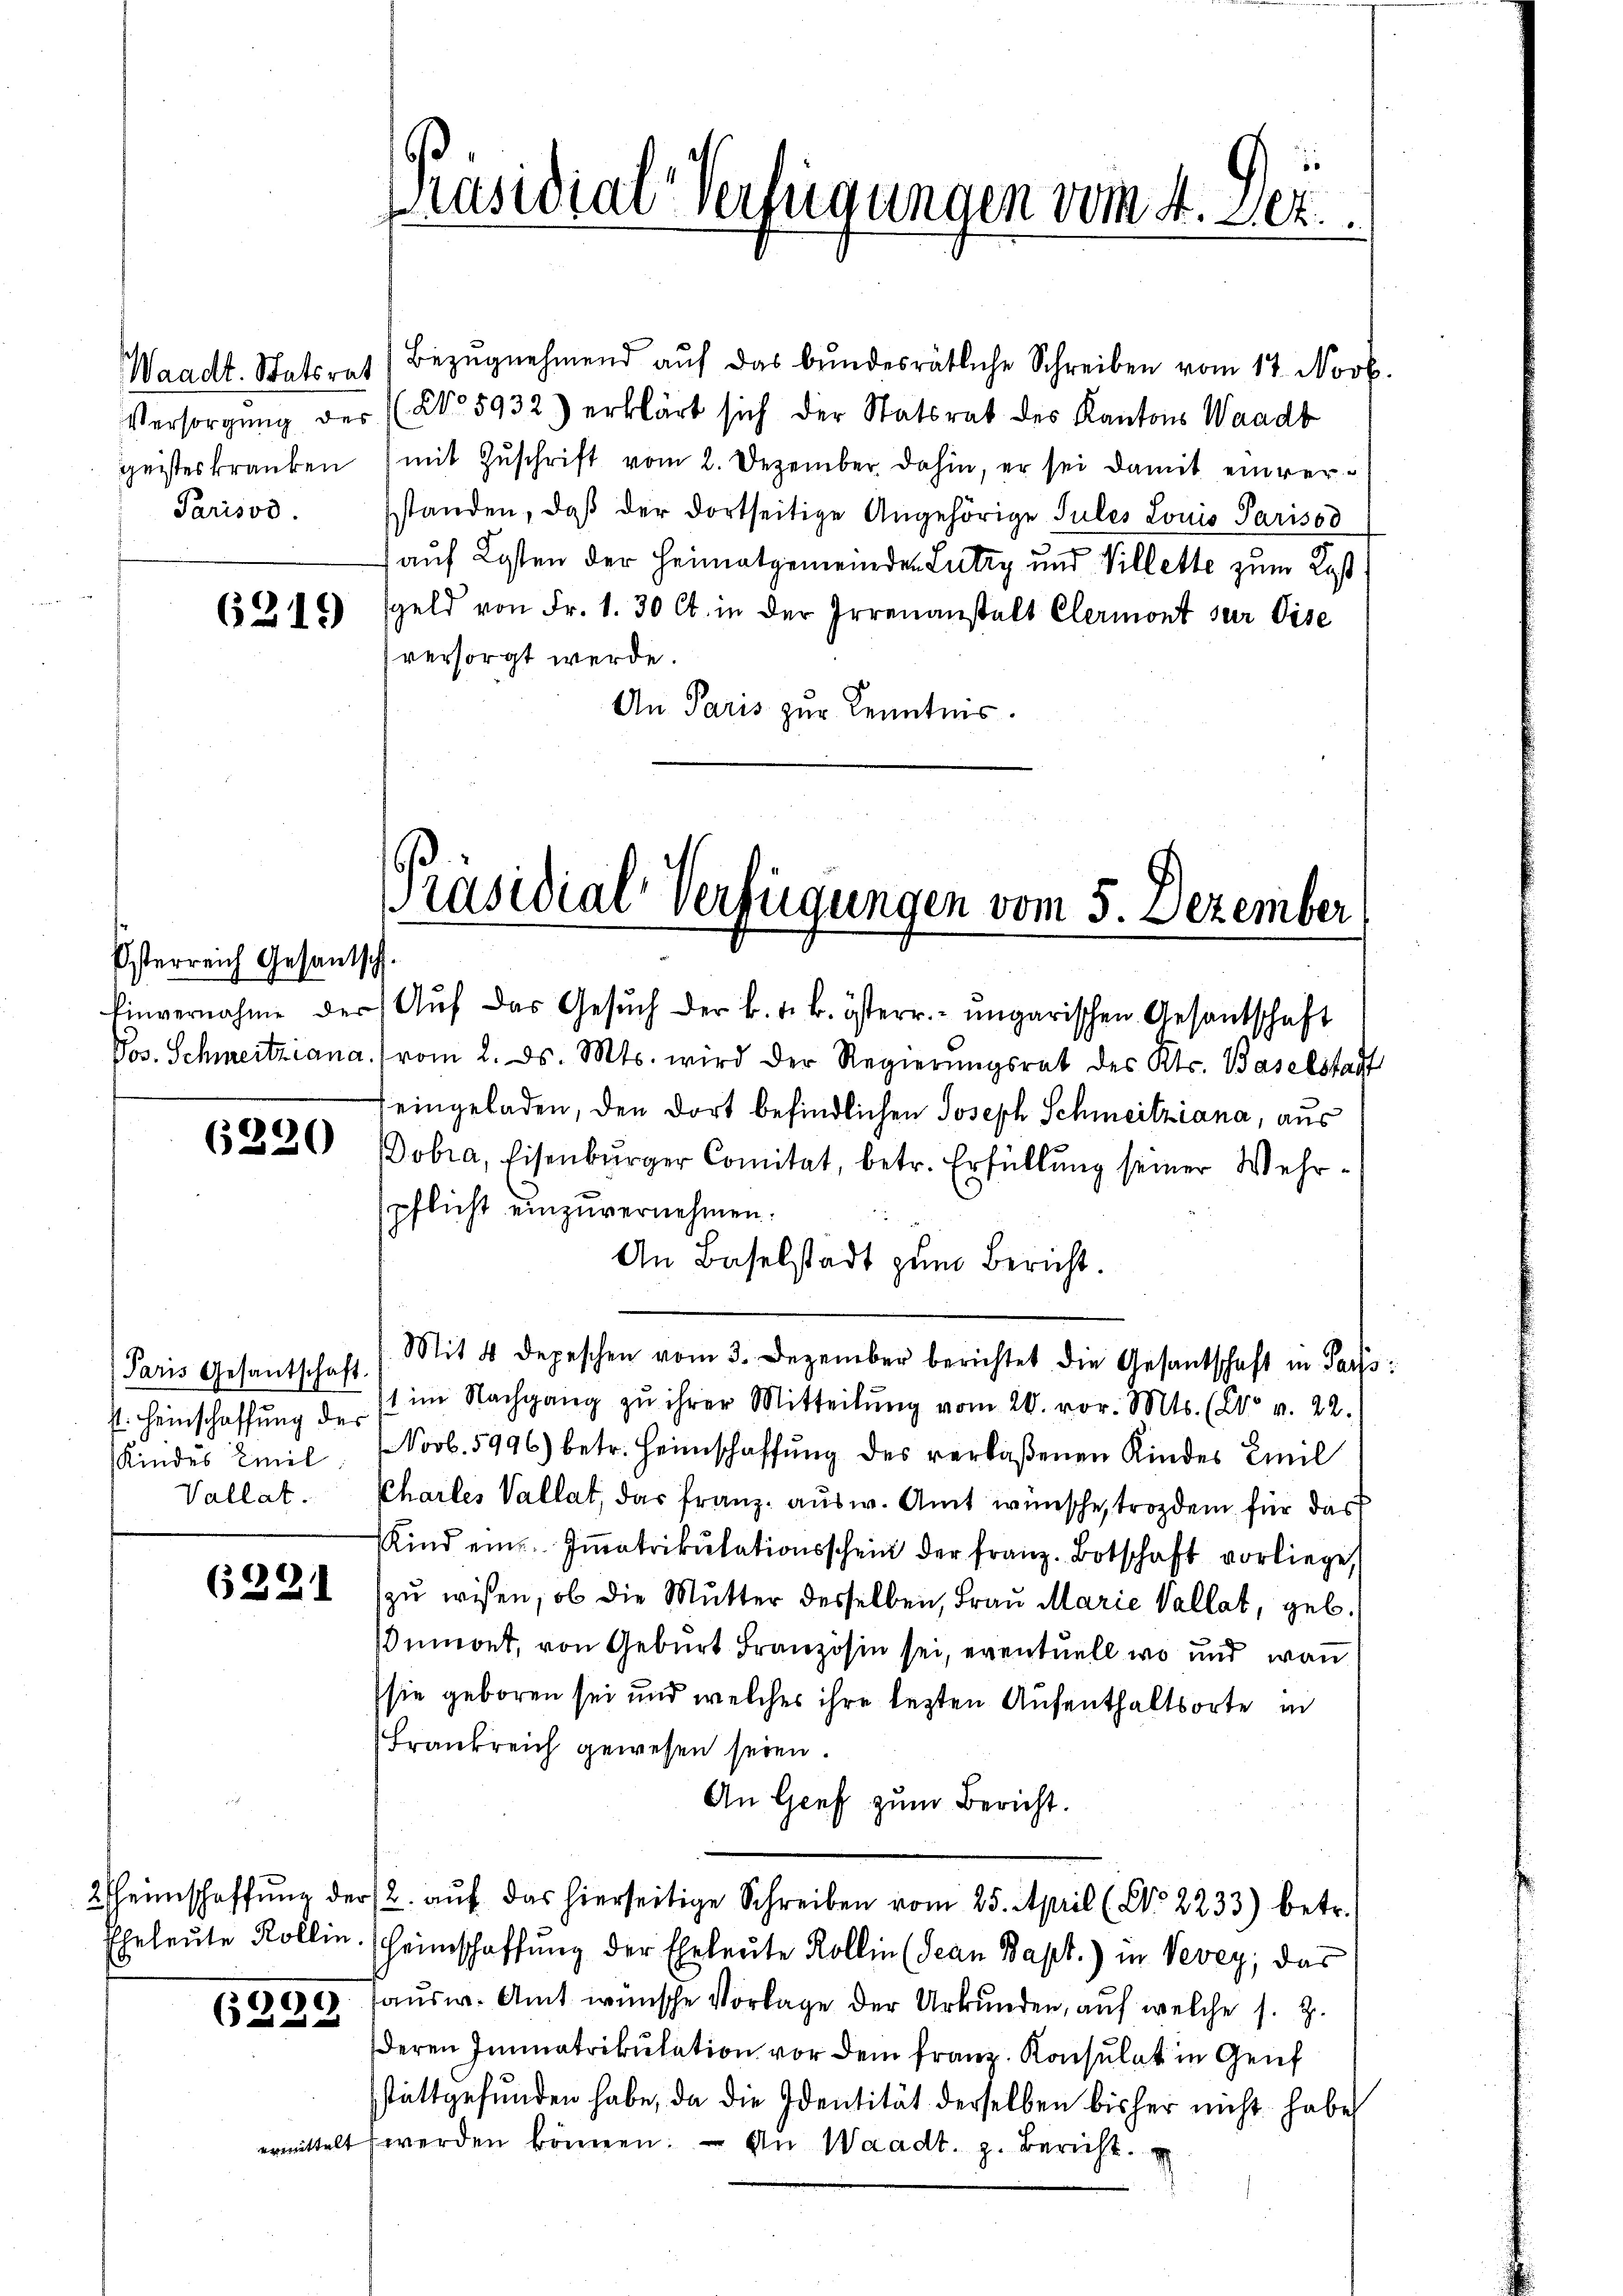
Waadt. Statsrat
Parisos.

6219

Österreich Gesandtsch

6220

32

Paris Gesantschaft.
s. Heinschaffung des

Bezŭgnehmend auf das bundesrätliche Schreiben vom 17. Novb.
Versorgung der (No 5932) erklärt sich der Statsrat des Kantons Waadt
geisteskranken (mit Zŭschrift vom 2. Dezember dahin, er sei damit einversstanden, daß der dortseitige Angehörige Jules Louis Parisod
auf Kosten der Heimatgemeinden Lutry und Villette zum Kost
sgeld von Fr. 1. 30 Ct. in der Irrenanstalt Clermont sur Eise
versorgt werde.
An Paris zur Kenntnis.

Präsidial-Verfügungen vom 4. Dez.

Präsidial-Verfügungen vom 5. Dezember

Einvernahme der Aŭf das Gesŭch der k. k. k. österr. ungarischen Gesantschaft
Pos. Schmeitziana vom 2. ds. Mts. wird der Regierŭngsrat des Kts. Baselstadt
(eingeladen, den dort befindlichen Joseph Schmeitziana, aus
Dobra, Eisenburger Comitat, betr. Erfüllung seiner Wehrpflicht einzuvernehmen.
An Baselstadt zum Bericht.
Mit 4 Depeschen vom 3. Dezember berichtet die Gesantschaft in Pass
st im Nachgang zu ihrer Mitteilung vom 20. vor. Mts. (Co v. 22.
Kindes Emil. Novb. 5996) betr. Heimschaffŭng des verlaßenen Kindes Emil
Vallat. Chartes Vallat, das Franz ausw. Amt wünsche, trozdem für das
Kind ein. Immatrikŭlationsschein der franz. Botschaft vorliege,
6321 (zŭ wissen, ob die Mutter desselben, Fraŭ Marie Vallat, geb.
umont, von Geburt Französin sei, eventuell wo und von
sie geboren sei und welches ihre lezten Aufenthaltsorte in
Frankreich gewesen seien.
An Genf zum Bericht.
2 heimschaffŭng der (2. aŭf das hierseitige Schreiben vom 25. April (Co 2233) betr.
Eheleute Rollin. Heimschaffung der Eheleute Kollin (Jean Bapt.) in Vevey; das
ausw. Amt wünsche Vorlage der Urkunden, auf welche s. Z.
.
deren Immatrikulation vor dem Franz. Konsulat in Genf
sstattgefunden habe, da die Identität derselben bisher nicht habe
ermittelt werden können. An Waadt, z. Bericht.

2